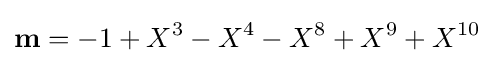
{\textbf {m}}=-1+X^{3}-X^{4}-X^{8}+X^{9}+X^{10}